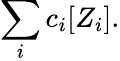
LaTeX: \sum_{i}c_{i}[Z_{i}].